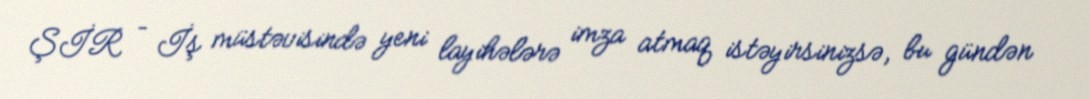
ŞİR – İş müstəvisində yeni layihələrə imza atmaq istəyirsinizsə, bu gündən